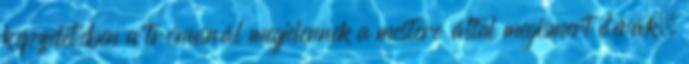
képzeletében a trónusnál megjelennek a mestere által megismert dévák.